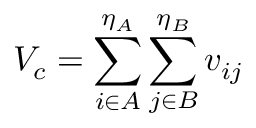
V _ { c } = \sum _ { i \in A } ^ { \eta _ { A } } \sum _ { j \in B } ^ { \eta _ { B } } v _ { i j }